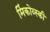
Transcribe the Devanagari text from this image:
मिंकोव्स्की